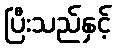
ပြီးသည်နှင့်